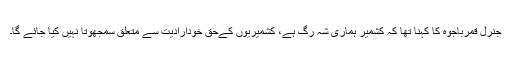
جنرل قمرباجوہ کا کہنا تھا کہ کشمیر ہماری شہ رگ ہے، کشمیریوں کےحق خودارادیت سے متعلق سمجھوتا نہیں کیا جائے گا۔